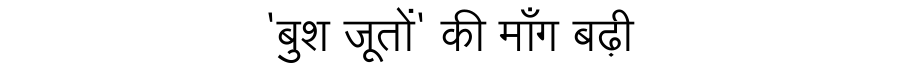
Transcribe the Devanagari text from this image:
'बुश जूतों' की माँग बढ़ी